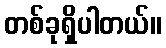
တစ်ခုရှိပါတယ်။